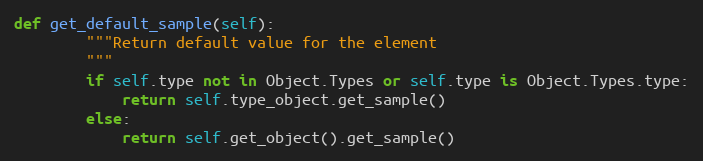
Language: Python
def get_default_sample(self):
        """Return default value for the element
        """
        if self.type not in Object.Types or self.type is Object.Types.type:
            return self.type_object.get_sample()
        else:
            return self.get_object().get_sample()